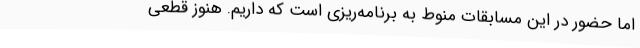
اما حضور در این مسابقات منوط به برنامه‌ریزی است که داریم. هنوز قطعی